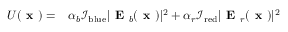
\begin{array} { r l } { U ( \textbf { x } ) = } & { { } \alpha _ { b } \mathcal { I } _ { \mathrm { b l u e } } | \textbf { E } _ { b } ( \textbf { x } ) | ^ { 2 } + \alpha _ { r } \mathcal { I } _ { \mathrm { r e d } } | \textbf { E } _ { r } ( \textbf { x } ) | ^ { 2 } } \end{array}